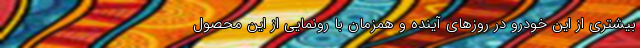
بیشتری از این خودرو در روزهای آینده و همزمان با رونمایی از این محصول